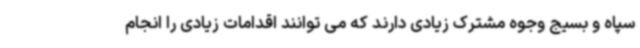
سپاه و بسیج وجوه مشترک زیادی دارند که می توانند اقدامات زیادی را انجام